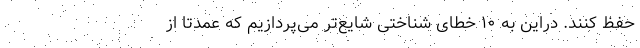
حفظ ‌کنند. دراین به ۱۰ خطای شناختی شایع‌تر می‌پردازیم که عمدتا از